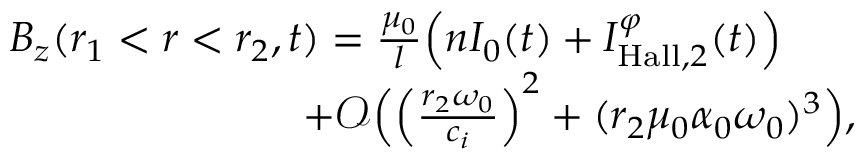
\begin{array} { r l } & { B _ { z } ( r _ { 1 } < r < r _ { 2 } , t ) = \frac { \mu _ { 0 } } { l } \Big ( n I _ { 0 } ( t ) + I _ { \mathrm { H a l l } , 2 } ^ { \varphi } ( t ) \Big ) } \\ & { \qquad \qquad \qquad \quad + \mathcal { O } \Big ( \Big ( \frac { r _ { 2 } \omega _ { 0 } } { c _ { i } } \Big ) ^ { 2 } + ( r _ { 2 } \mu _ { 0 } \alpha _ { 0 } \omega _ { 0 } ) ^ { 3 } \Big ) , } \end{array}